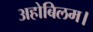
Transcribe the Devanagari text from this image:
अहोबिलम।